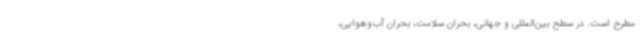
مطرح است. در سطح بین‌المللی و جهانی، بحران سلامت، بحران آب‌وهوایی،